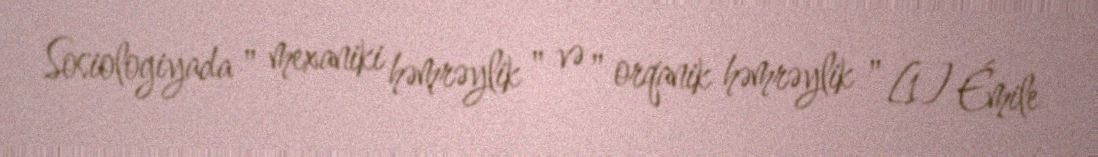
Sosiologiyada " mexaniki həmrəylik " və " orqanik həmrəylik " [1] Émile